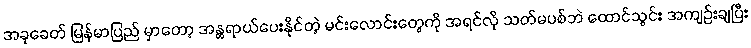
အခုခေတ် မြန်မာပြည် မှာတော့ အန္တရာယ်ပေးနိုင်တဲ့ မင်းလောင်းတွေကို အရင်လို သတ်မပစ်ဘဲ ထောင်သွင်း အကျဉ်းချပြီး